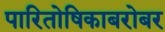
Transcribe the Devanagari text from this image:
पारितोषिकाबरोबर